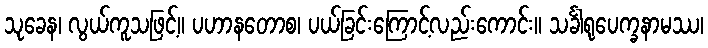
သုခေန၊ လွယ်ကူသဖြင့်။ ပဟာနတောစ၊ ပယ်ခြင်းကြောင့်လည်းကောင်း။ သင်္ခါရုပေက္ခနာမဿ၊